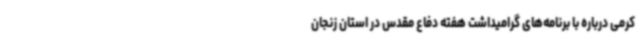
کرمی درباره با برنامه‌های گرامیداشت هفته دفاع مقدس در استان زنجان